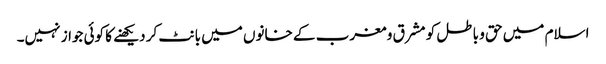
اسلام میں حق و باطل کو مشرق و مغرب کے خانوں میں بانٹ کر دیکھنے کا کوئی جواز نہیں۔